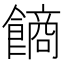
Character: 𩝾